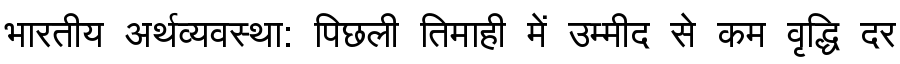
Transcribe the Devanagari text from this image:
भारतीय अर्थव्यवस्था: पिछली तिमाही में उम्मीद से कम वृद्धि दर